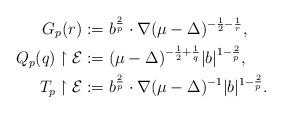
LaTeX: \begin{align*}G_p(r)&:=b^{\frac{2}{p}} \cdot \nabla (\mu -\Delta )^{-\frac{1}{2}-\frac{1}{r}}, \\Q_p(q) \upharpoonright {\mathcal E} & :=(\mu -\Delta )^{-\frac{1}{2}+\frac{1}{q}}|b|^{1-\frac{2}{p}}, \\T_p \upharpoonright {\mathcal E} &:=b^{\frac{2}{p}}\cdot \nabla(\mu - \Delta)^{-1}|b|^{1-\frac{2}{p}}.\end{align*}